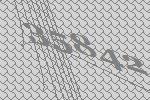
35842